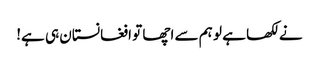
نے لکھا ہے لو ہم سے اچھا تو افغانستان ہی ہے!